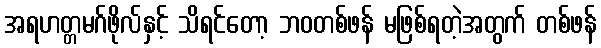
အရဟတ္တမဂ်ဖိုလ်နှင့် သိရင်တော့ ဘဝတစ်ဖန် မဖြစ်ရတဲ့အတွက် တစ်ဖန်